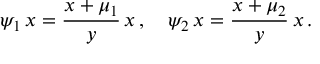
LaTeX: \psi _ { 1 } \, \d x = { \frac { x + \mu _ { 1 } } { y } } \, \d x \, , \quad \psi _ { 2 } \, \d x = { \frac { x + \mu _ { 2 } } { y } } \, \d x \, .